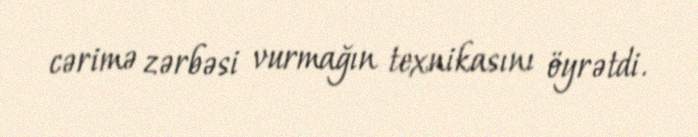
cərimə zərbəsi vurmağın texnikasını öyrətdi.